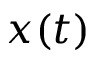
x ( t )